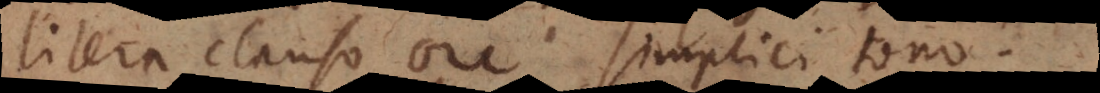
litera clauso ore simplici tono